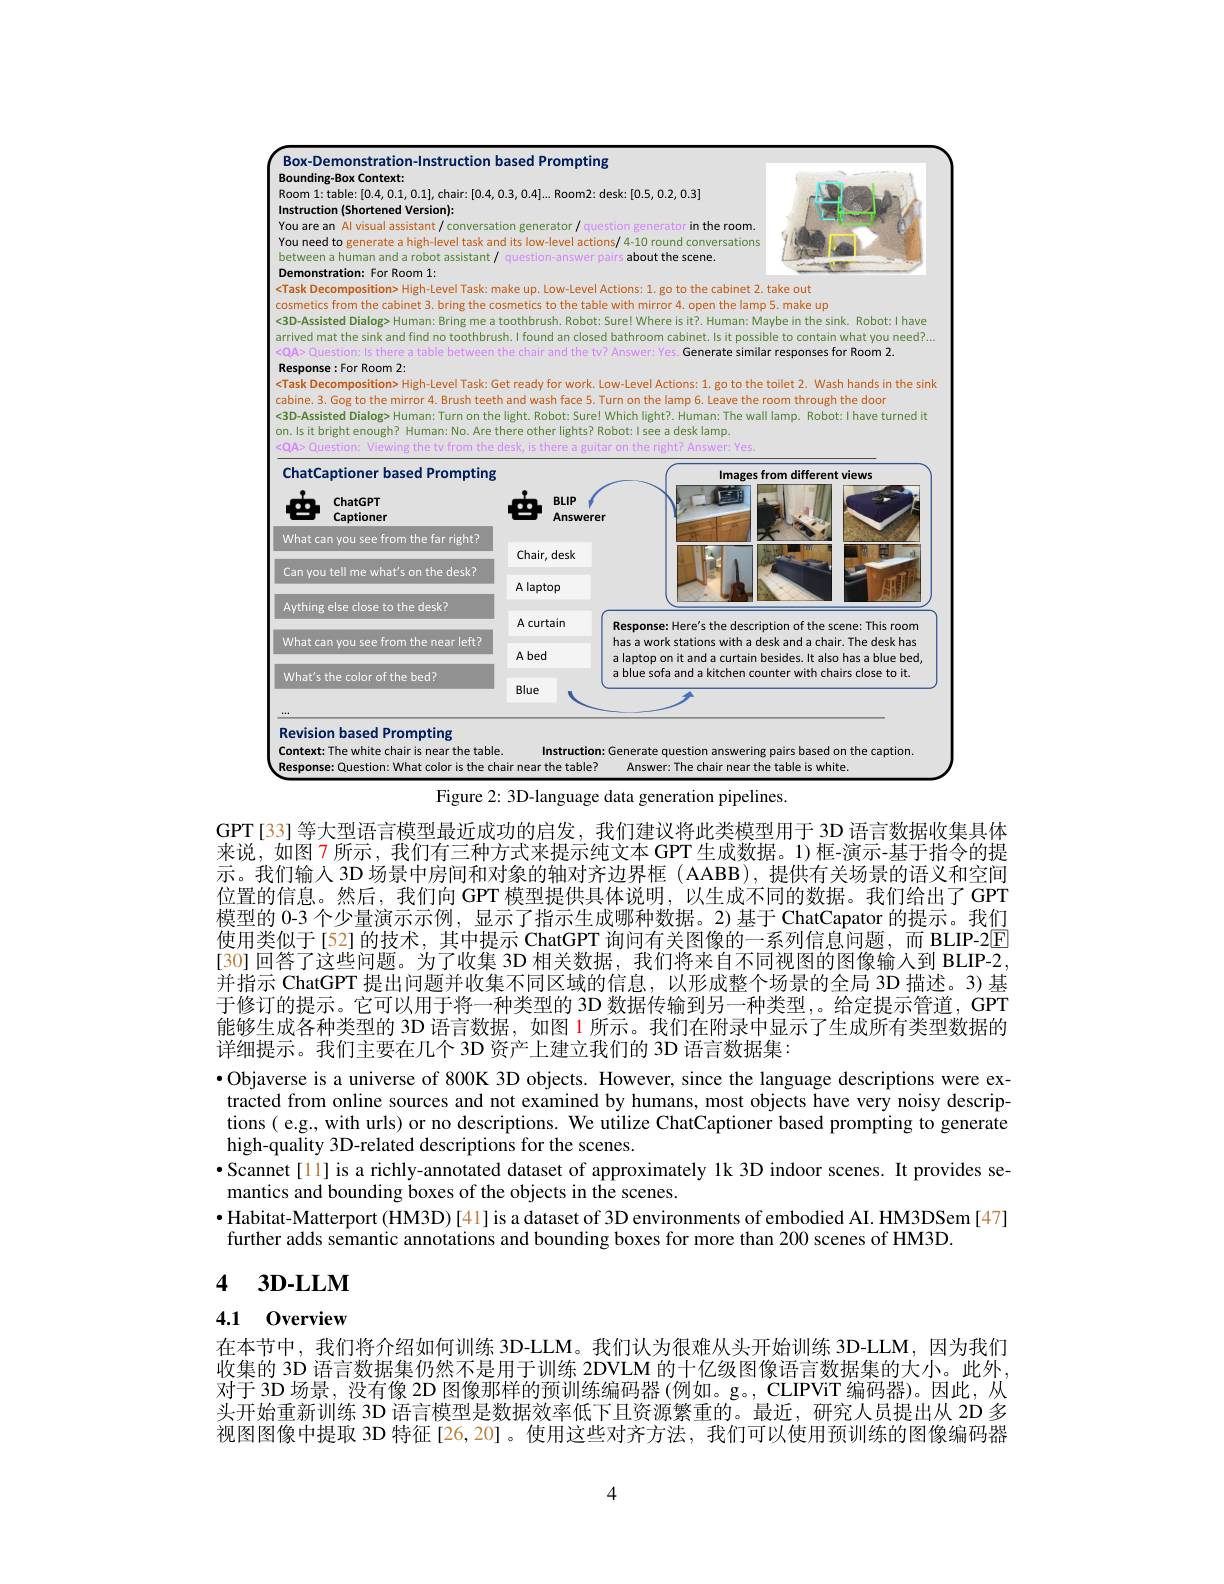
<table>
	<tbody>
		<tr>
			<td>Box-Demonstration-Instruction based Prompting Bounding-Box Context:</td>
			<td>$Box-1$ Bound</td>
			<td> </td>
		</tr>
	</tbody>
</table>

<FigureHere>
Figure 2: 3D-language data generation pipelines.

GPT[33] 等大型语言模型最近成功的启发，我们建议将此类模型用于 3D 语言数据收集具体来说，如图 7 所示，我们有三种方式来提示纯文本 GPT 生成数据。1)框-演示-基于指令的提示。我们输入 3D 场景中房间和对象的轴对齐边界框 ( AABB), 提供有关场景的语义和空间位置的信息。然后，我们向 GPT 模型提供具体说明，以生成不同的数据。我们给出了GPT 模型的 0-3 个少量演示示例，显示了指示生成哪种数据。2)基于 ChatCapator 的提示。我们使用类似于[52]的技术，其中提示 ChatGPT 询问有关图像的一系列信息问题，而 BLIP-2$\boxed{\mathrm{F}}$ [30] 回答了这些问题。为了收集 3D 相关数据，我们将来自不同视图的图像输入到 BLIP-2, 并指示 ChatGPT 提出问题并收集不同区域的信息，以形成整个场景的全局 3D 描述。3) 基于修订的提示。它可以用于将一种类型的 3D 数据传输到另一种类型，。给定提示管道，GPT 能够生成各种类型的 3D 语言数据，如图 1 所示。我们在附录中显示了生成所有类型数据的详细提示。我们主要在几个 3D 资产上建立我们的 3D 语言数据集：
·Objaverse is a universe of 800K 3D objects. However, since the language descriptions were extracted from online sources and not examined by humans, most objects have very noisy descriptions( e.g., with urls) or no descriptions. We utilize ChatCaptioner based prompting to generate high-quality 3D-related descriptions for the scenes.
·Scannet[ll] is a richly-annotated dataset of approximately 1k 3D indoor scenes. It provides se-
mantics and bounding boxes of the objects in the scenes.
$\bullet$ Habitat-Matterport (HM3D)[41] is a dataset of 3D environments of embodied AI. HM3DSem [47]
further adds semantic annotations and bounding boxes for more than 200 scenes of HM3D.

# 4 $3\mathbf{D} - \mathbf{LLM}$

4.1 0verview

在本节中，我们将介绍如何训练 3D-LLM。我们认为很难从头开始训练 3D-LLM,因为我们收集的 3D 语言数据集仍然不是用于训练 2DVLM 的十亿级图像语言数据集的大小。此外， 对于 3D 场景，没有像 2D 图像那样的预训练编码器 (例如。g。, CLIPViT 编码器)。因此，从头开始重新训练 3D 语言模型是数据效率低下且资源繁重的。最近，研究人员提出从 2D 多视图图像中提取 3D 特征[26,20]。使用这些对齐方法，我们可以使用预训练的图像编码器

4